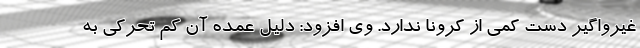
غیرواگیر دست کمی از کرونا ندارد. وی افزود: دلیل عمده آن کم تحرکی به